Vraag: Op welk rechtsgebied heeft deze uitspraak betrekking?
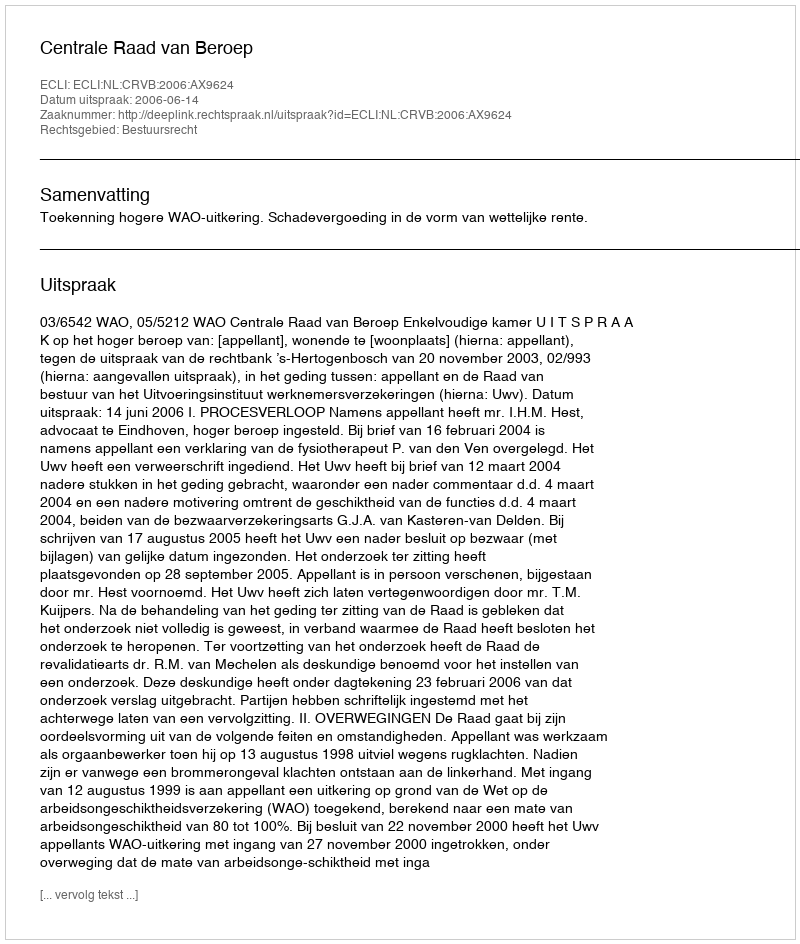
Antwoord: Bestuursrecht